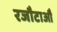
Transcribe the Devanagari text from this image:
रजौटाऔं